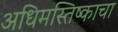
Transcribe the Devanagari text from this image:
अधिमस्तिष्काचा